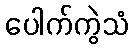
ပေါက်ကွဲသံ